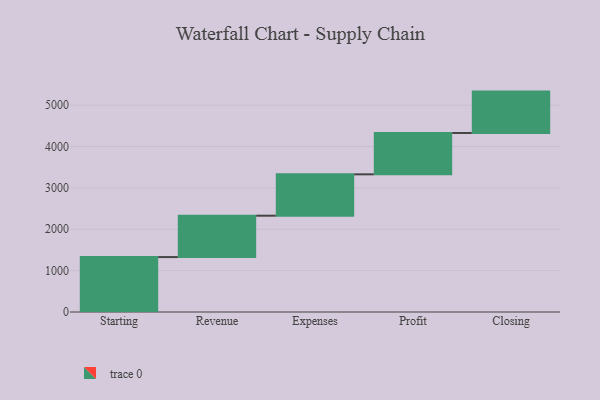
{"axis": {"x": "Step", "y": "Value"}, "legend": [""], "data": [{"x": "Starting", "y": 1328.0, "type": ""}, {"x": "Revenue", "y": 1000, "type": ""}, {"x": "Expenses", "y": 1000, "type": ""}, {"x": "Profit", "y": 1000, "type": ""}, {"x": "Closing", "y": 1000, "type": ""}]}